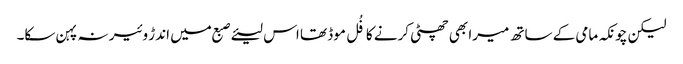
لیکن چونکہ مامی کے ساتھ میرا بھی چھٹی کرنے کا فُل موڈ تھا اس لیئے صبع میں اندڑ وئیر نہ پہن سکا۔